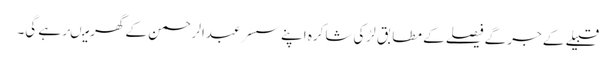
قبیلے کے جرگے فیصلے کے مطابق لڑکی شاکرہ اپنے سسر عبدالرحمن کے گھر میںرہے گی۔